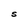
Character: S